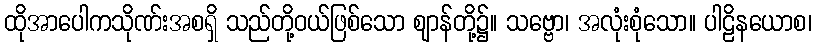
ထိုအာပေါကသိုဏ်းအစရှိ သည်တို့ဝယ်ဖြစ်သော ဈာန်တို့၌။ သဗ္ဗော၊ အလုံးစုံသော။ ပါဠိနယောစ၊